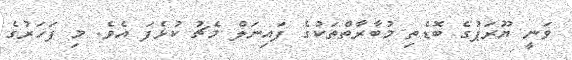
ވަނީ ޔޫރަޕުގެ ބޮޑެތި މުބާރާތްތަކުގެ ފައިނަލް މެޗު ކުޅެފަ އެވެ. މި ފަހަރުގެ